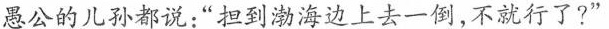
愚公的儿孙都说：“担到渤海边上去一倒，不就行了?”